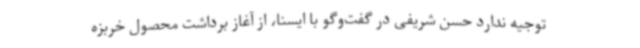
توجیه ندارد حسن شریفی در گفت‌وگو با ایسنا، از آغاز برداشت محصول خربزه